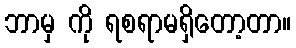
ဘာမှ ကို ရစရာမရှိတော့တာ။